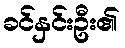
ခင်နှင်းဦး၏